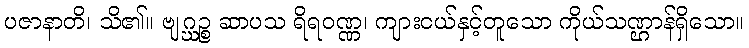
ပဇာနာတိ၊ သိ၏။ ဗျဂ္ဃဉ္စ ဆာပသ ရိရဝဏ္ဏ၊ ကျားငယ်နှင့်တူသော ကိုယ်သဏ္ဌာန်ရှိသော။